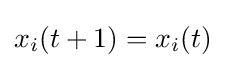
x_{i}(t+1)=x_{i}(t)